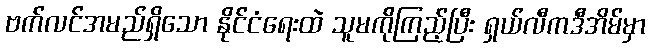
ဗက်လင်အမည်ရှိသော နိုင်ငံရေးထဲ သူမကိုကြည့်ပြီး ရှယ်လီကဒီအိမ်မှာ